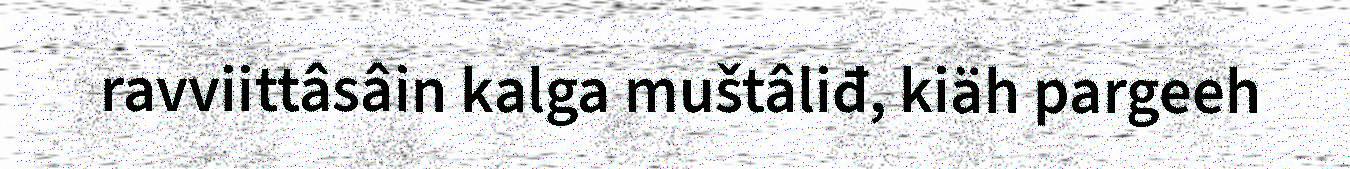
ravviittâsâin kalga muštâliđ, kiäh pargeeh